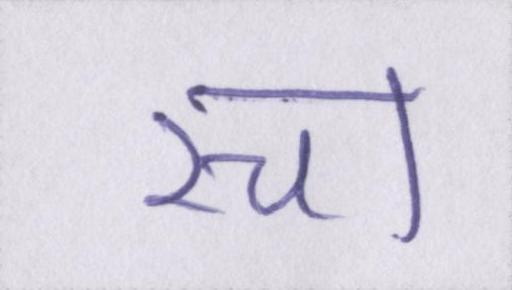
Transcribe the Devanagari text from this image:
रचा